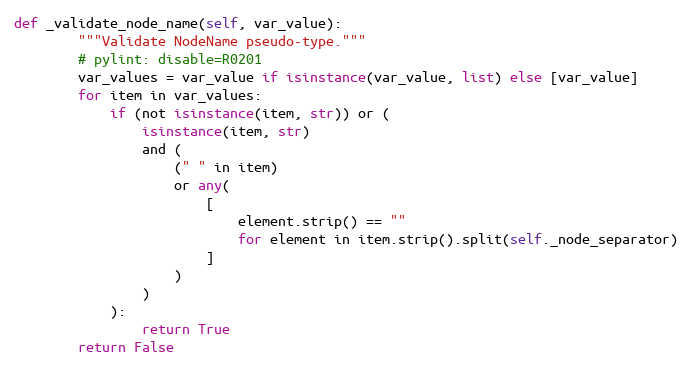
Language: Python
def _validate_node_name(self, var_value):
        """Validate NodeName pseudo-type."""
        # pylint: disable=R0201
        var_values = var_value if isinstance(var_value, list) else [var_value]
        for item in var_values:
            if (not isinstance(item, str)) or (
                isinstance(item, str)
                and (
                    (" " in item)
                    or any(
                        [
                            element.strip() == ""
                            for element in item.strip().split(self._node_separator)
                        ]
                    )
                )
            ):
                return True
        return False